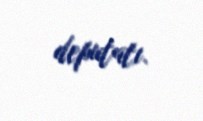
deputatı.